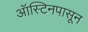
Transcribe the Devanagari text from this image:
ऑस्टिनपासून